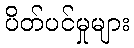
ပိတ်ပင်မှုများ